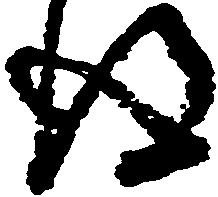
得